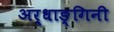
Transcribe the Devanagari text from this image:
अर्धाङ्गिनी